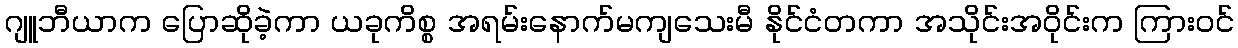
ဂျူဘီယာက ပြောဆိုခဲ့ကာ ယခုကိစ္စ အရမ်းနောက်မကျသေးမီ နိုင်ငံတကာ အသိုင်းအဝိုင်းက ကြားဝင်